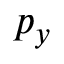
p _ { y }